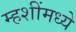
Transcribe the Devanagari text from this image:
म्हशींमध्ये